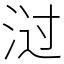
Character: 㳡